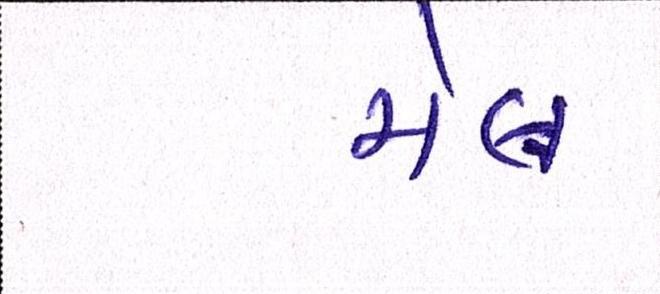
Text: મેલ